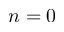
n = 0